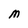
Character: M